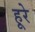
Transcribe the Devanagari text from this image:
हूरे